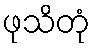
ဖုသိတုံ